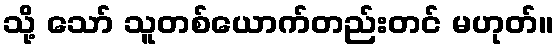
သို့ သော် သူတစ်ယောက်တည်းတင် မဟုတ်။